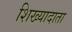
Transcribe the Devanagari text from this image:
शिख्यादाता